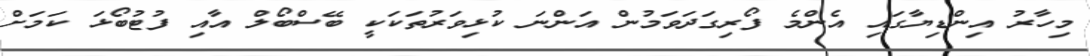
މިހާރު އިންޑިޔާގައި އެންމެ ފޯރިގަދަވަމުން އަންނަ ކުޅިވަރުތަކަކީ ބޭސްބޯލް އާއި ފުޓުބޯޅަ ކަމަށް